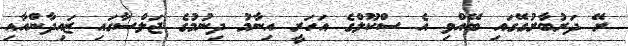
ރޭ ދަރުބާރުގޭގައި ބޭއްވި އެ ސްކޫލްގެ އަހަރީ އިނާމު ދިނުމުގެ ޖަލްސާގައި ޒައިދާންއާއި